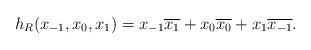
LaTeX: \begin{align*}h_R(x_{-1}, x_0, x_1)= x_{-1} \overline{x_1}+ x_0 \overline{x_0}+ x_1 \overline{x_{-1}}.\end{align*}